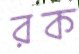
রক